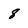
Character: 8